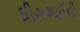
ધીરૂભાઈની